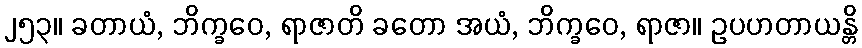
၂၅၃။ ခတာယံ, ဘိက္ခဝေ, ရာဇာတိ ခတော အယံ, ဘိက္ခဝေ, ရာဇာ။ ဥပဟတာယန္တိ